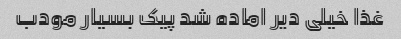
غذا خیلی دیر اماده شد پیک بسیار مودب